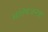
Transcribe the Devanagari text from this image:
सांतेषजनक